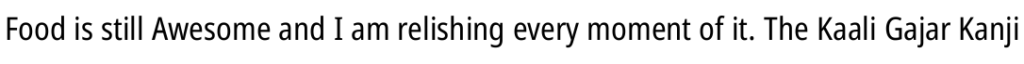
Food is still Awesome and I am relishing every moment of it. The Kaali Gajar Kanji